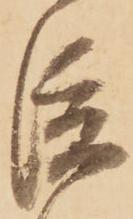
渡